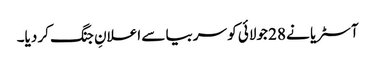
آسٹریا نے 28 جولائی کو سربیا سے اعلانِ جنگ کر دیا۔